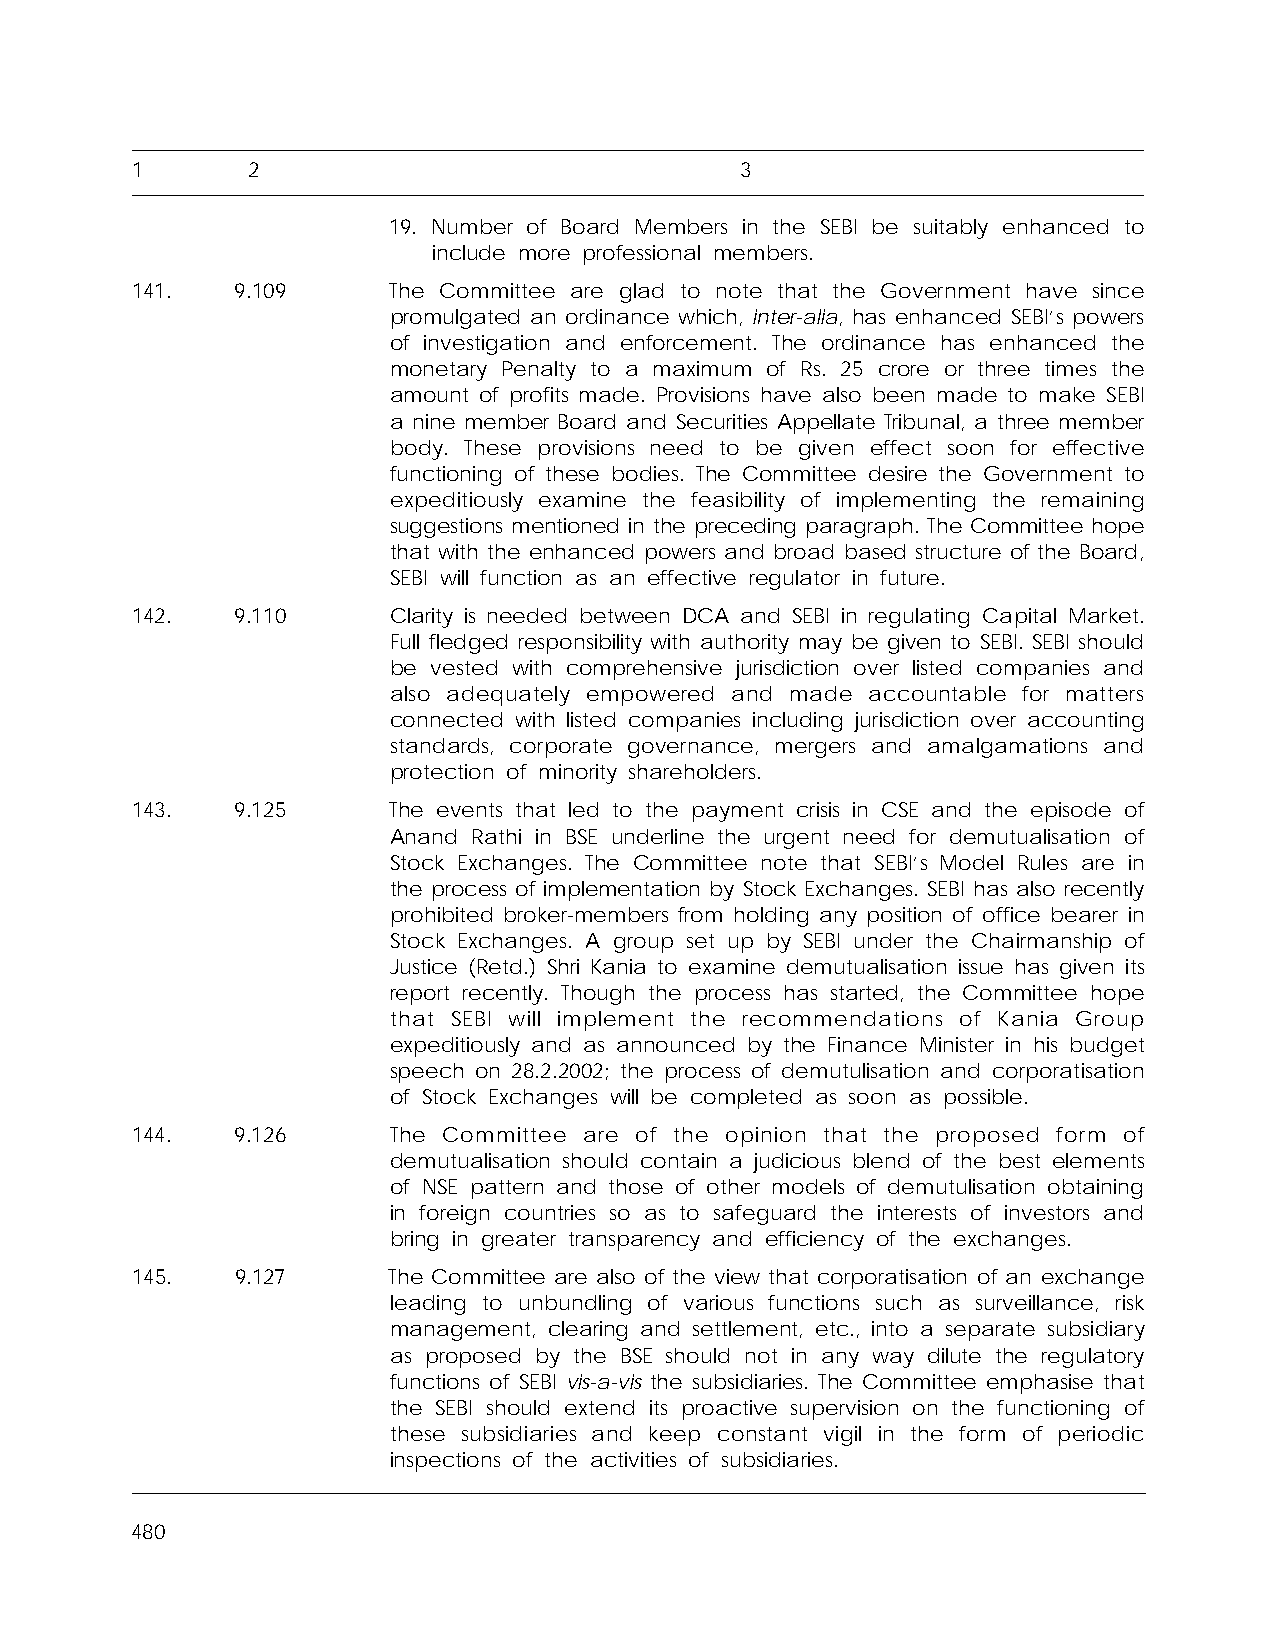
1      2                                3
 19. Number of Board Members in the SEBI be suitably enhanced to
 include more professional members.
 141.   9.109     The Committee are glad to note that the Government have since
 promulgated an ordinance which, inter-alia, has enhanced SEBI’s powers
 of investigation and enforcement. The ordinance has enhanced the
 monetary Penalty to a maximum of Rs. 25 crore or three times the
 amount of profits made. Provisions have also been made to make SEBI
 a nine member Board and Securities Appellate Tribunal, a three member
 body. These provisions need to be given effect soon for effective
 functioning of these bodies. The Committee desire the Government to
 expeditiously examine the feasibility of implementing the remaining
 suggestions mentioned in the preceding paragraph. The Committee hope
 that with the enhanced powers and broad based structure of the Board,
 SEBI will function as an effective regulator in future.
 142.   9.110     Clarity is needed between DCA and SEBI in regulating Capital Market.
 Full fledged responsibility with authority may be given to SEBI. SEBI should
 be vested with comprehensive jurisdiction over listed companies and
 also adequately empowered and made accountable for matters
 connected with listed companies including jurisdiction over accounting
 standards, corporate governance, mergers and amalgamations and
 protection of minority shareholders.
 143.   9.125     The events that led to the payment crisis in CSE and the episode of
 Anand Rathi in BSE underline the urgent need for demutualisation of
 Stock Exchanges. The Committee note that SEBI’s Model Rules are in
 the process of implementation by Stock Exchanges. SEBI has also recently
 prohibited broker-members from holding any position of office bearer in
 Stock Exchanges. A group set up by SEBI under the Chairmanship of
 Justice (Retd.) Shri Kania to examine demutualisation issue has given its
 report recently. Though the process has started, the Committee hope
 that SEBI will implement the recommendations of Kania Group
 expeditiously and as announced by the Finance Minister in his budget
 speech on 28.2.2002; the process of demutulisation and corporatisation
 of Stock Exchanges will be completed as soon as possible.
 144.   9.126     The Committee are of the opinion that the proposed form of
 demutualisation should contain a judicious blend of the best elements
 of NSE pattern and those of other models of demutulisation obtaining
 in foreign countries so as to safeguard the interests of investors and
 bring in greater transparency and efficiency of the exchanges.
 145.   9.127     The Committee are also of the view that corporatisation of an exchange
 leading to unbundling of various functions such as surveillance, risk
 management, clearing and settlement, etc., into a separate subsidiary
 as proposed by the BSE should not in any way dilute the regulatory
 functions of SEBI vis-a-vis the subsidiaries. The Committee emphasise that
 the SEBI should extend its proactive supervision on the functioning of
 these subsidiaries and keep constant vigil in the form of periodic
 inspections of the activities of subsidiaries.
 480